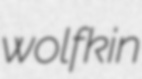
wolfkin